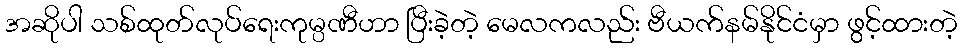
အဆိုပါ သစ်ထုတ်လုပ်ရေးကုမ္ပဏီဟာ ပြီးခဲ့တဲ့ မေလကလည်း ဗီယက်နမ်နိုင်ငံမှာ ဖွင့်ထားတဲ့